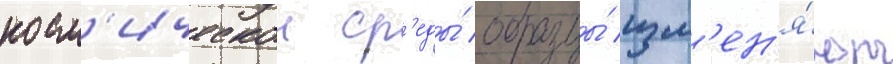
косм'ическои ср'еды́ образцы́ изм'ен'я́ют